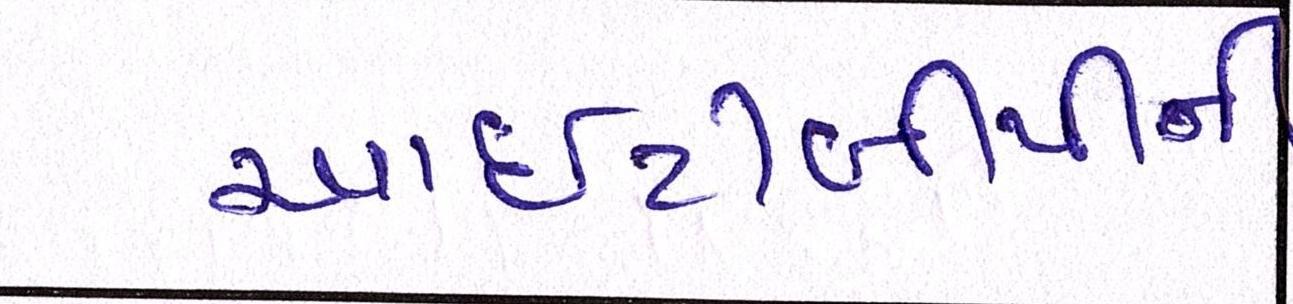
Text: આઇટીબીપીની